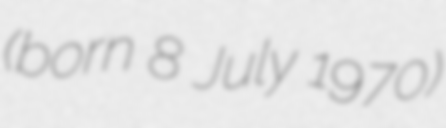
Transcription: (born 8 July 1970)